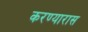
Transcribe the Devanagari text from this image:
करण्यारास